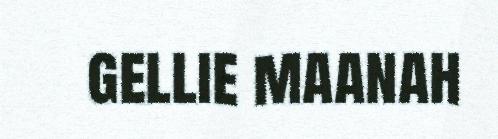
gellie maanah